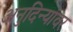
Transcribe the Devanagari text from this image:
अनुदिन्यांवर